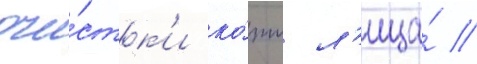
очи́стк'и ко́жи л'ица́ //